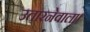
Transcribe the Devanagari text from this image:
उतारनेवाला।